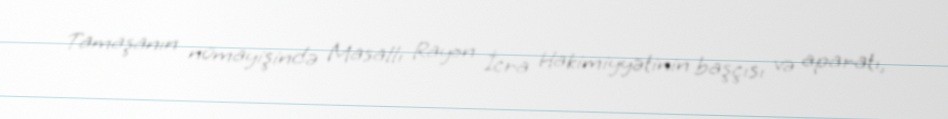
Tamaşanın nümayişində Masallı Rayon İcra Hakimiyyətinin başçısı və aparatı,